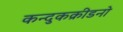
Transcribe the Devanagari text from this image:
कन्दुकक्रीडनो